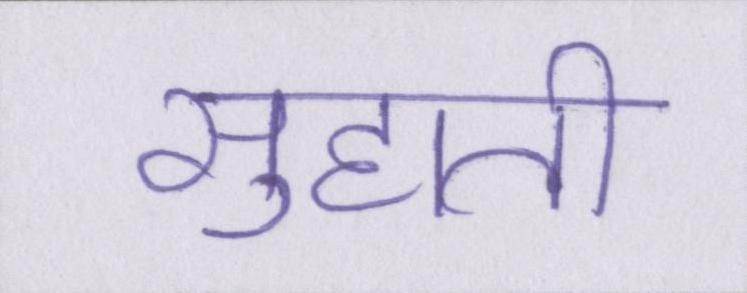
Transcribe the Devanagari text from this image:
सुहाती